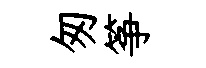
匆筝